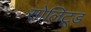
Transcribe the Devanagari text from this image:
सोलिटूड